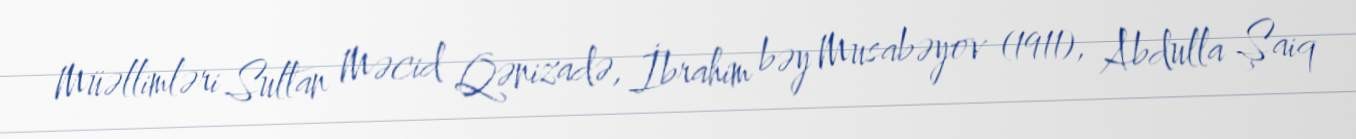
Müəllimləri Sultan Məcid Qənizadə, İbrahim bəy Musabəyov (1911), Abdulla Şaiq